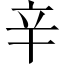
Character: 辛